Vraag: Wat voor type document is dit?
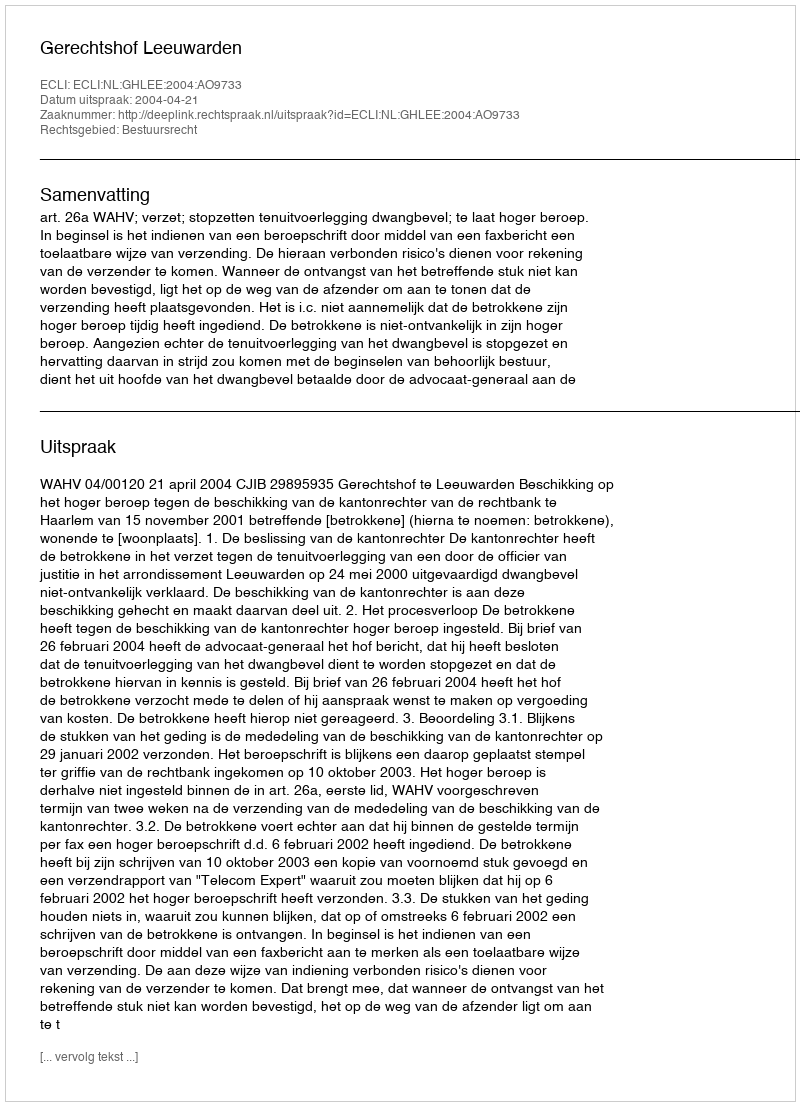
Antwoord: Uitspraak